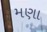
મણા